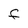
Character: f